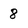
Character: 8